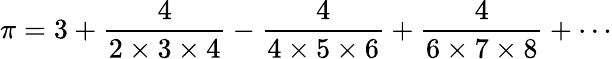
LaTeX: \pi={3}+{\frac{4}{2\times 3\times 4}}-{\frac{4}{4\times 5\times 6}}+{\frac{4}{6\times 7\times 8}}+\cdots